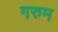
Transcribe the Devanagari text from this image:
गरुम